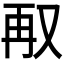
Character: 𭁥